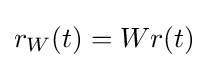
r_{W}(t)=Wr(t)